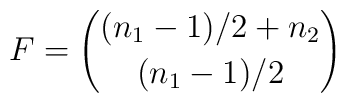
F = {(n_{1} - 1)/2 + n_{2} \choose (n_{1} - 1)/2}